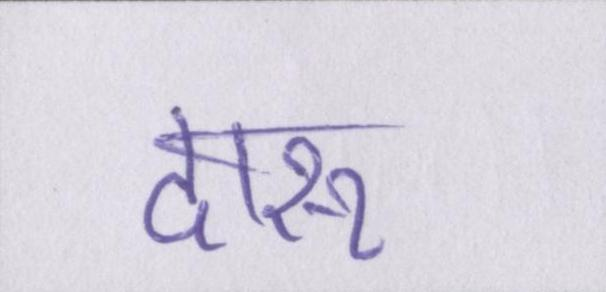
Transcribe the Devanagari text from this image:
दारू